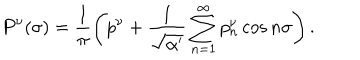
P ^ { \nu } ( \sigma ) = \frac { 1 } { \pi } \left( p ^ { \nu } + \frac { 1 } { \sqrt { \alpha ^ { \prime } } } \sum _ { n = 1 } ^ { \infty } p _ { n } ^ { \nu } \cos n \sigma \right) .